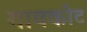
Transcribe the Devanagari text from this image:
गावकोट